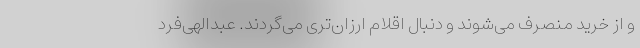
و از خرید منصرف می‌شوند و دنبال اقلام ارزان‌تری می‌گردند. عبدالهی‌فرد